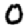
Digit: 0